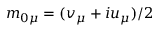
m _ { 0 \mu } = ( v _ { \mu } + i u _ { \mu } ) / 2